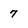
Character: 7